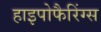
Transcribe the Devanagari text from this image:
हाइपोफैरिंग्स